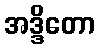
အဒ္ဒိတော